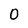
Character: O